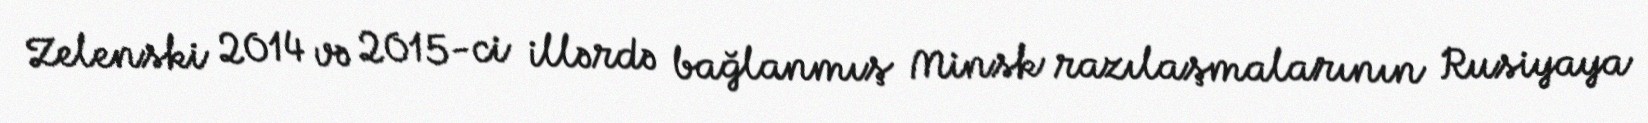
Zelenski 2014 və 2015-ci illərdə bağlanmış Minsk razılaşmalarının Rusiyaya